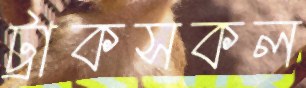
ট্রাকসকল